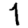
Digit: 1